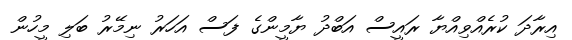
އިރާދަ ކުރެއްވިއްޔާ ރައީސް އަބްދު ޔާމީންގެ ފަސް އަހަރު ނިމޭރު ބަލި މީހުން